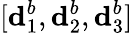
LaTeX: [\mathbf{d}_{1}^{b},\mathbf{d}_{2}^{b},\mathbf{d}_{3}^{b}]